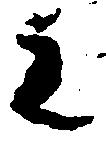
主